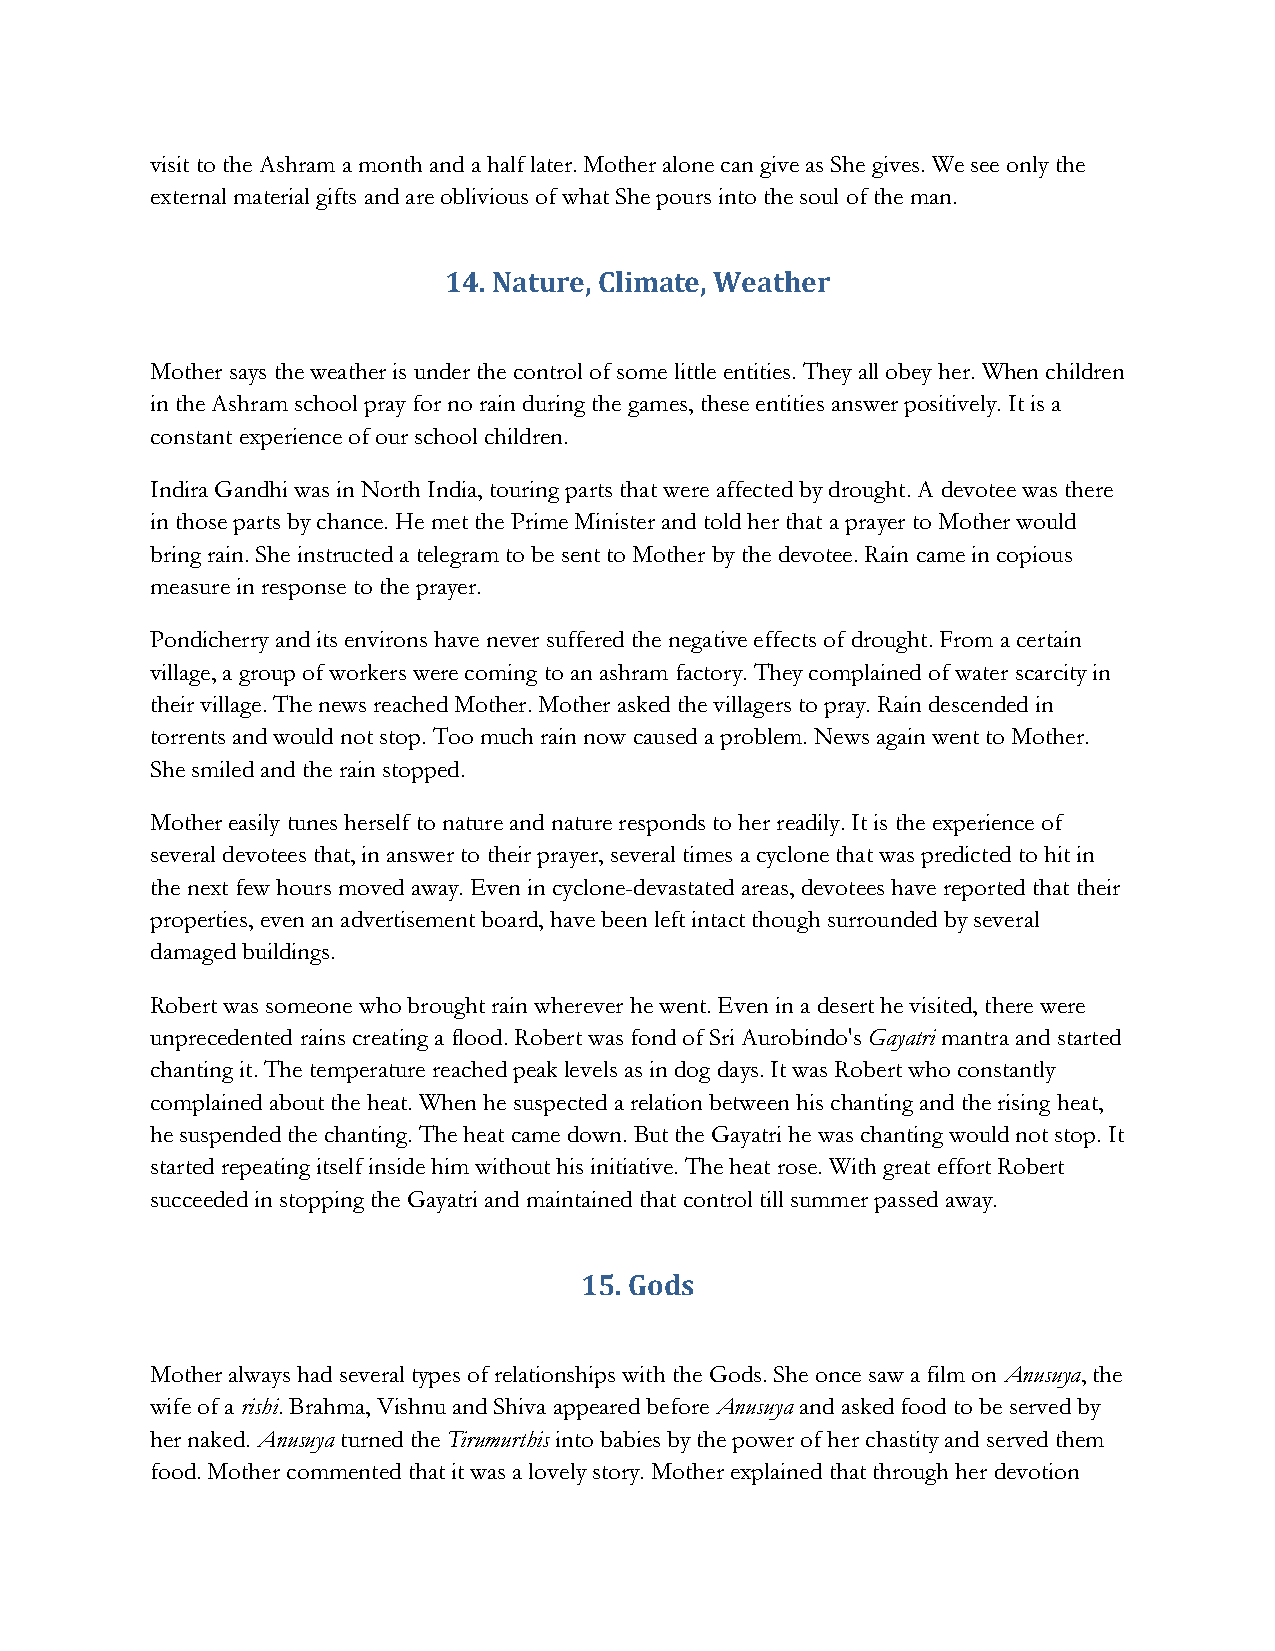
visit to the Ashram a month and a half later. Mother alone can give as She gives. We see only the
 external material gifts and are oblivious of what She pours into the soul of the man.
 14. Nature, Climate, Weather
 Mother says the weather is under the control of some little entities. They all obey her. When children
 in the Ashram school pray for no rain during the games, these entities answer positively. It is a
 constant experience of our school children.
 Indira Gandhi was in North India, touring parts that were affected by drought. A devotee was there
 in those parts by chance. He met the Prime Minister and told her that a prayer to Mother would
 bring rain. She instructed a telegram to be sent to Mother by the devotee. Rain came in copious
 measure in response to the prayer.
 Pondicherry and its environs have never suffered the negative effects of drought. From a certain
 village, a group of workers were coming to an ashram factory. They complained of water scarcity in
 their village. The news reached Mother. Mother asked the villagers to pray. Rain descended in
 torrents and would not stop. Too much rain now caused a problem. News again went to Mother.
 She smiled and the rain stopped.
 Mother easily tunes herself to nature and nature responds to her readily. It is the experience of
 several devotees that, in answer to their prayer, several times a cyclone that was predicted to hit in
 the next few hours moved away. Even in cyclone-devastated areas, devotees have reported that their
 properties, even an advertisement board, have been left intact though surrounded by several
 damaged buildings.
 Robert was someone who brought rain wherever he went. Even in a desert he visited, there were
 unprecedented rains creating a flood. Robert was fond of Sri Aurobindo's Gayatri mantra and started
 chanting it. The temperature reached peak levels as in dog days. It was Robert who constantly
 complained about the heat. When he suspected a relation between his chanting and the rising heat,
 he suspended the chanting. The heat came down. But the Gayatri he was chanting would not stop. It
 started repeating itself inside him without his initiative. The heat rose. With great effort Robert
 succeeded in stopping the Gayatri and maintained that control till summer passed away.
 15. Gods
 Mother always had several types of relationships with the Gods. She once saw a film on Anusuya, the
 wife of a rishi. Brahma, Vishnu and Shiva appeared before Anusuya and asked food to be served by
 her naked. Anusuya turned the Tirumurthis into babies by the power of her chastity and served them
 food. Mother commented that it was a lovely story. Mother explained that through her devotion